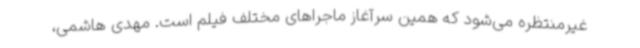
غیرمنتظره می‌شود که همین سرآغاز ماجراهای مختلف فیلم است. مهدی هاشمی،